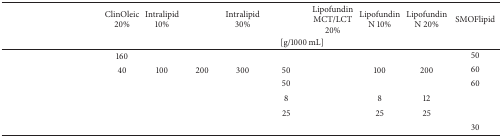
<table><thead><tr><td rowspan="2">[EMPTY_CELL]</td><td><b>ClinOleic 20% </b></td><td><b>Intralipid 10%</b></td><td>[EMPTY_CELL]</td><td><b>Intralipid 30%</b></td><td>[EMPTY_CELL]</td><td><b>Lipofundin MCT/LCT 20%</b></td><td><b>Lipofundin N 10%</b></td><td><b>Lipofundin N 20%</b></td><td><b>SMOFlipid</b></td></tr><tr><td colspan="9"><b>[g/1000 mL]</b></td></tr></thead><tbody><tr><td>[EMPTY_CELL]</td><td>160</td><td>[EMPTY_CELL]</td><td>[EMPTY_CELL]</td><td>[EMPTY_CELL]</td><td>[EMPTY_CELL]</td><td>[EMPTY_CELL]</td><td>[EMPTY_CELL]</td><td>[EMPTY_CELL]</td><td>50</td></tr><tr><td>[EMPTY_CELL]</td><td>40</td><td>100</td><td>200</td><td>300</td><td>50</td><td>[EMPTY_CELL]</td><td>100</td><td>200</td><td>60</td></tr><tr><td>[EMPTY_CELL]</td><td>[EMPTY_CELL]</td><td>[EMPTY_CELL]</td><td>[EMPTY_CELL]</td><td>[EMPTY_CELL]</td><td>50</td><td>[EMPTY_CELL]</td><td>[EMPTY_CELL]</td><td>[EMPTY_CELL]</td><td>60</td></tr><tr><td>[EMPTY_CELL]</td><td>[EMPTY_CELL]</td><td>[EMPTY_CELL]</td><td>[EMPTY_CELL]</td><td>[EMPTY_CELL]</td><td>8</td><td>[EMPTY_CELL]</td><td>8</td><td>12</td><td>[EMPTY_CELL]</td></tr><tr><td>[EMPTY_CELL]</td><td>[EMPTY_CELL]</td><td>[EMPTY_CELL]</td><td>[EMPTY_CELL]</td><td>[EMPTY_CELL]</td><td>25</td><td>[EMPTY_CELL]</td><td>25</td><td>25</td><td>[EMPTY_CELL]</td></tr><tr><td>[EMPTY_CELL]</td><td>[EMPTY_CELL]</td><td>[EMPTY_CELL]</td><td>[EMPTY_CELL]</td><td>[EMPTY_CELL]</td><td>[EMPTY_CELL]</td><td>[EMPTY_CELL]</td><td>[EMPTY_CELL]</td><td>[EMPTY_CELL]</td><td>30</td></tr></tbody></table>